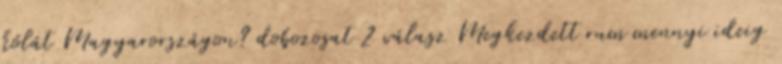
kólát Magyarországon? dobozosat 2 válasz Megkezdett rum mennyi ideig